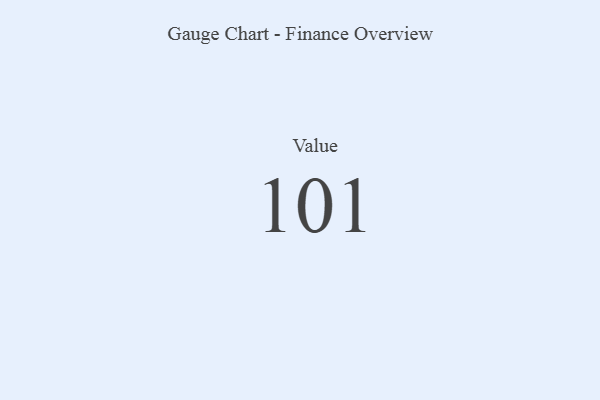
{"axis": {"x": "Metric", "y": "Value"}, "legend": [""], "data": [{"x": "Value", "y": 101, "type": ""}]}